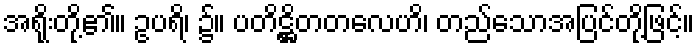
အရိုးတို့၏။ ဥပရိ၊ ၌။ ပတိဋ္ဌိတတလေဟိ၊ တည်သောအပြင်တို့ဖြင့်။